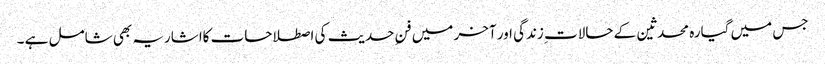
جس میں گیارہ محدثین کے حالات ِزندگی اور آخر میں فنِ حدیث کی اصطلاحات کااشاریہ بھی شامل ہے ۔